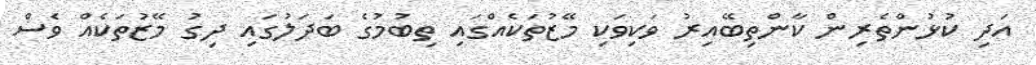
އަދި ކުޅުންތެރިން ކާންތިބޭއިރު ވަކިވަކި މޭޒުތަކެއްގައި ތިބުމުގެ ބަދަލުގައި ދިގު މޭޒުތަކެއް ވެސް